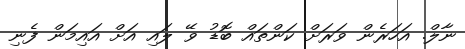
ނާލް. އަހަރެން ވަރަށް ކަންތައް ބޮޑު ވޭ ލައި އަށް އައިމަން ފެނި